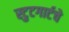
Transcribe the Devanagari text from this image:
स्टुटगार्टचे